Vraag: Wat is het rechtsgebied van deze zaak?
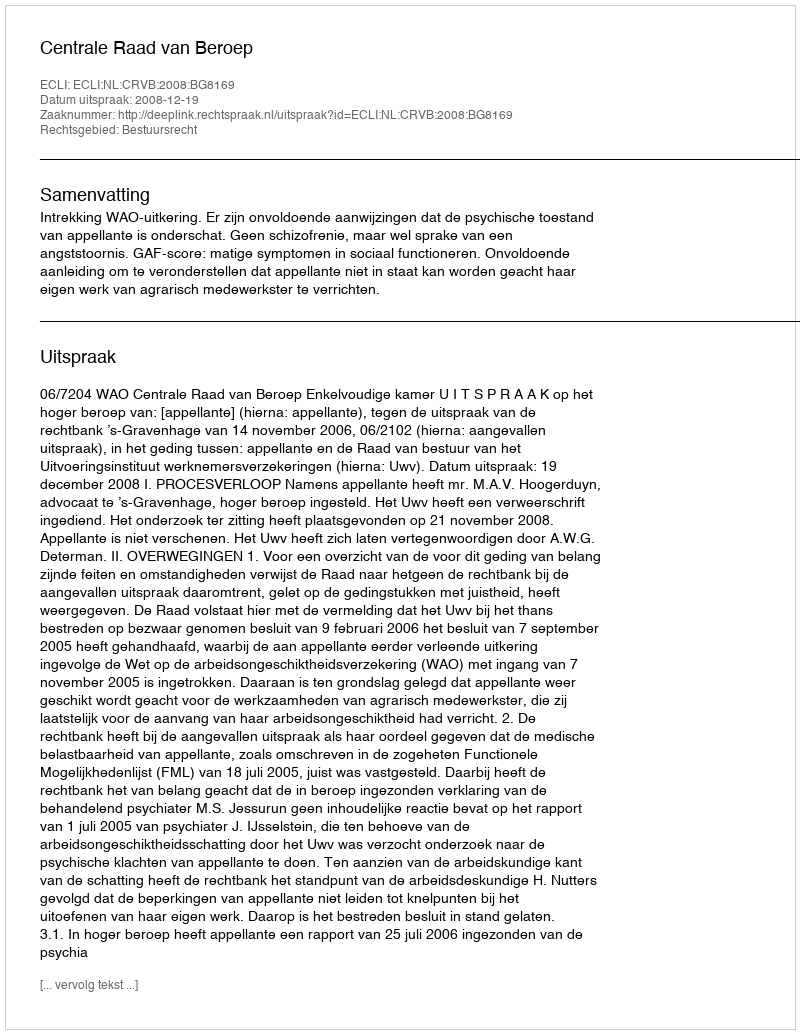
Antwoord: Bestuursrecht